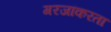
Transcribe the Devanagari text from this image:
गरजांकरता